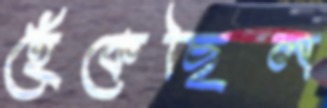
হেঁকেছিল